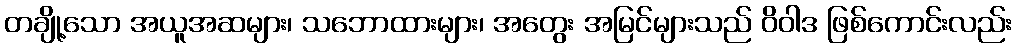
တချို့သော အယူအဆများ၊ သဘောထားများ၊ အတွေး အမြင်များသည် ဝိဝါဒ ဖြစ်ကောင်းလည်း